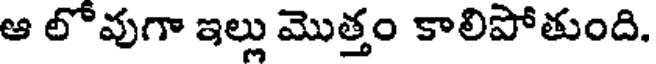
ఆ లోవుగా ఇల్లు మొత్తం కాలిపోతుంది.